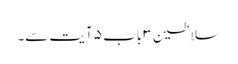
سلاطین ۳ باب ۵ آیت سے۔